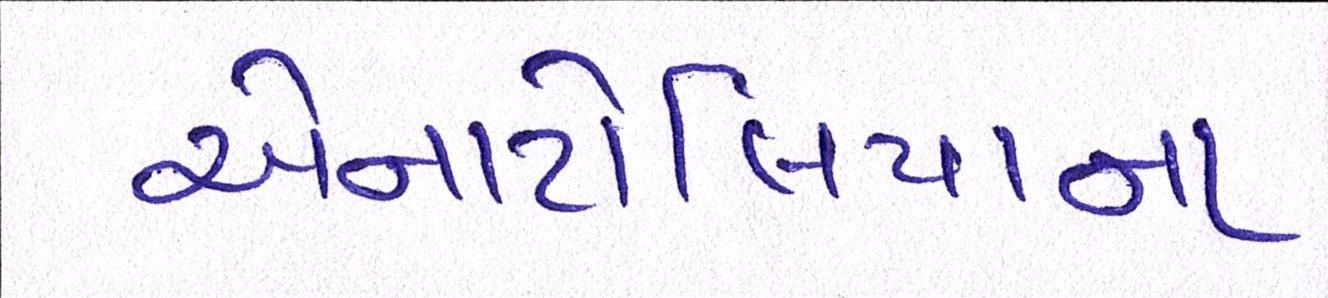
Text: એનાટોલિયાના